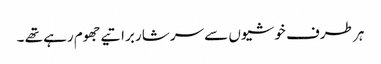
ہر طرف خوشیوں سے سرشار براتیے جھوم رہے تھے ۔